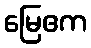
မြေဧက